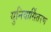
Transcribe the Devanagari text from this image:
युनिवार्सितरण